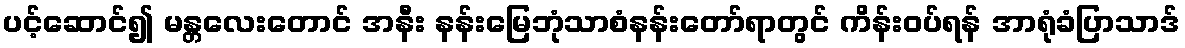
ပင့်ဆောင်၍ မန္တလေးတောင် အနီး နန်းမြေဘုံသာစံနန်းတော်ရာတွင် ကိန်းဝပ်ရန် အာရုံခံပြာသာဒ်